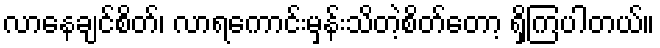
လာနေချင်စိတ်၊ လာရကောင်းမှန်းသိတဲ့စိတ်တော့ ရှိကြပါတယ်။